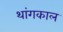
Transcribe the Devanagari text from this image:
थांगकाल